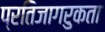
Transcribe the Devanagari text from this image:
प्रतिजागरुकता